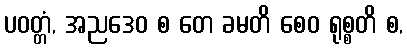
ပဝတ္တံ, အညဒေဝ စ တေ ခမတိ စေဝ ရုစ္စတိ စ,